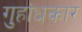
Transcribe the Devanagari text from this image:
गुहांधकार